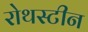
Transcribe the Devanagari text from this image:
रोथस्टीन